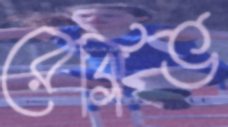
রেগিভ